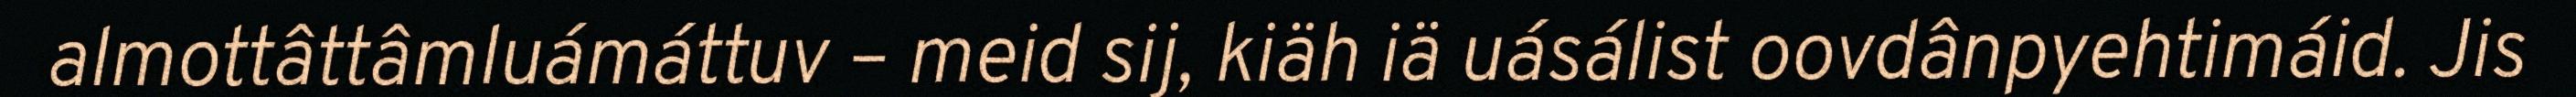
almottâttâmluámáttuv – meid sij, kiäh iä uásálist oovdânpyehtimáid. Jis